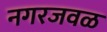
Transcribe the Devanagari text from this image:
नगरजवळ